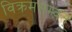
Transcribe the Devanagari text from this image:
विक्रमसम्वत्